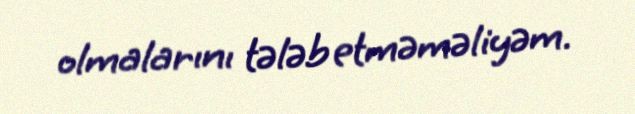
olmalarını tələb etməməliyəm.